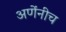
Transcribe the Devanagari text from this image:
अणेंनीच